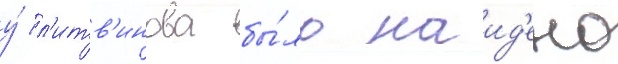
у́ л'итв'инова бы́ло наид'ено